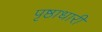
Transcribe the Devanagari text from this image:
पृष्ठाधारी